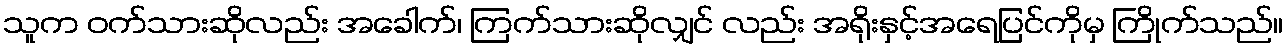
သူက ဝက်သားဆိုလည်း အခေါက်၊ ကြက်သားဆိုလျှင် လည်း အရိုးနှင့်အရေပြင်ကိုမှ ကြိုက်သည်။